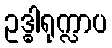
ဥဒ္ဓါရုက္လာပ